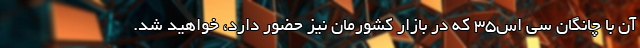
آن با چانگان سی اس35 که در بازار کشورمان نیز حضور دارد، خواهید شد.